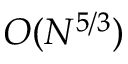
{ \cal O } ( N ^ { 5 / 3 } )